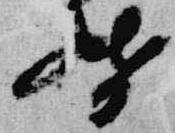
督